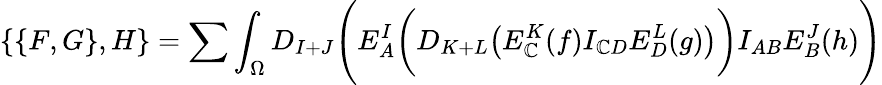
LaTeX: \{ \{ F,G\} ,H\} =\sum\int_{\Omega}D_{I+J}\Biggl(E_{A}^{I}\biggl(D_{K+L}\bigl(E_{\mathbb{C}}^{K}(f)I_{\mathbb{C}D}E_{D}^{L}(g)\bigr)\biggr)I_{AB}E_{B}^{J}(h)\Biggr)